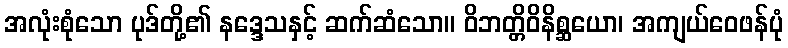
အလုံးစုံသော ပုဒ်တို့၏ နဒ္ဒေသနှင့် ဆက်ဆံသော။ ဝိဘတ္တိဝိနိစ္ဆယော၊ အကျယ်ဝေဖန်ပုံ